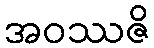
အဝဿဇိ